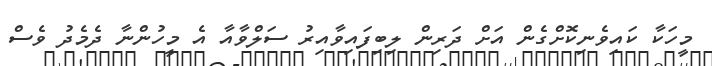
މީހަކާ ކައިވެނިކޮށްގެން އަށް ދަރިން ލިބިފައިވާއިރު ސަލްވާއާ އެ މީހުންނާ ދެމެދު ވެސް